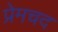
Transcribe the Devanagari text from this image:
प्रेमचद